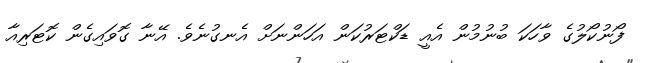
ފޯނުކޯލުގެ ވާހަކަ ބުނުމުން އެއީ ޑަކްޓަރުކަން އަހަންނަށް އެނގުނެވެ. އޭނާ ގޮވައިގެން ކޮޓަރިއާ